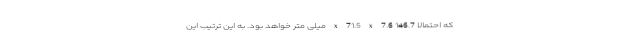
که احتمالا 146.7 x 71.5 x 7.6 میلی متر خواهد بود. به این ترتیب این